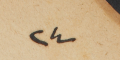
٢٤